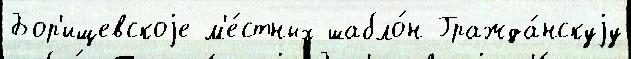
Бор'ищевскоjе м'е́стных шабло́н Гражда́нскуjу